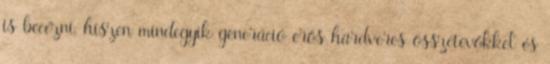
is becézni, hiszen mindegyik generáció erős hardveres összetevőkkel és